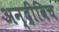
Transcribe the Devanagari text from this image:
अन्द्रीविच